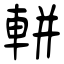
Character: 輧